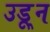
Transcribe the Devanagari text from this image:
उडू्न